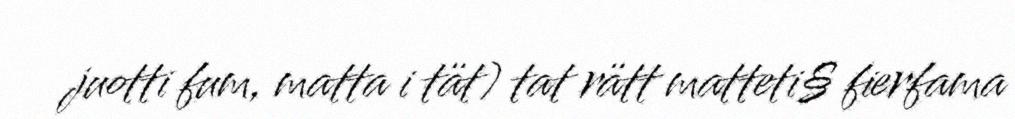
juotti fum, matta i tät) tat rätt matteti§ fierfama